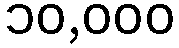
၁၀,၀၀၀